Medical and sanitary report of the native army of Bengal for the year
Year: 1878
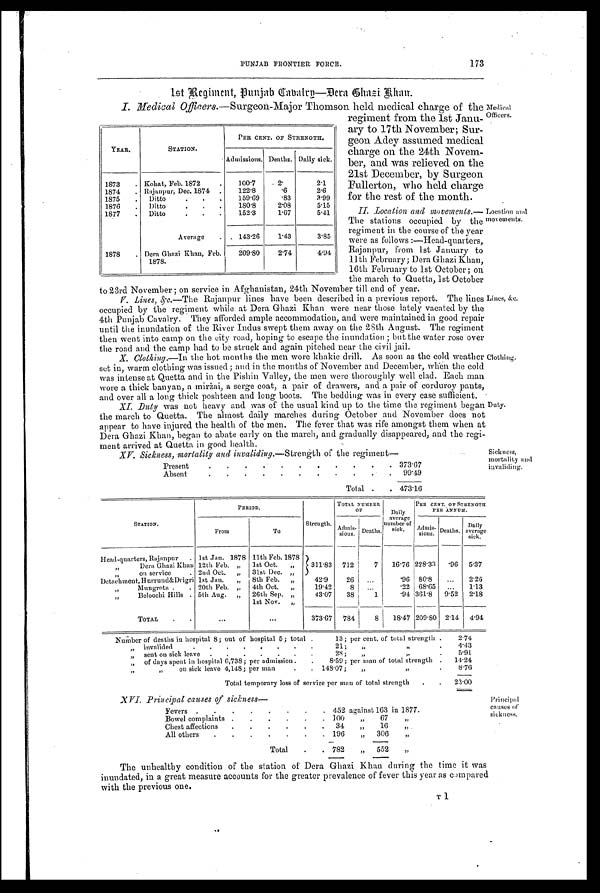
•Location and
movements.
173
PUNJAB FRONTIER FORCE.
1 S t R e g i m i e n t , P u n j a b C a v a l r y — D e r a C h a z i K h a n .
I. Medical Officers .—Surgeon-Major Thomson held medical charge of the Medical
Officers.
YEAR.
STATION.
PER CENT. OF STRENGTH.
Admissions. Deaths. Daily sick.
1873
. Kohat, Feb. 1872
.
100.7
2 .
2.1
1874
. Rajanpur, Dec. 1874 .
122.8
.6
2.6
1875
.
Ditto
.
.
.
159.69
.83
3.99
1876
.
Ditto
.
.
.
180.8
2.08
5.15
1877
.
Ditto
.
.
.
152.3
1.67
5.41
Average
. . 143. 26
1.43
3.85
1878
. Dera Ghazi Khan, Feb.
1878.
209.80
2.74
4.94
regiment from the 1st Janu.
ary to 17th November; Sur.
geon Adey assumed medical
charge on the 24th Novem-
ber, and was relieved on the
21st December, by Surgeor
Fullerton, who held charge
for the rest of the month.
II. Location and movements.—
The stations occupied by the
regiment in the course of the year
were as follows :—Head-quarters,
Rajanpur, from 1st January to
11th February; Dera Ghazi Khan,
16th February to 1st October; or
the march to Quetta. 1st Oct
o b e r
to 23rd November ; on service in Afghanistan, 24th November till end of year.
V. Lines, &c.—The Rajanpur lines have been described in a previous report. The lines
occupied by the regiment while at Dera Ghazi Khan were near those lately vacated by the
4th Punjab Cavalry. They afforded ample accommodation, and were maintained in good repair
until the inundation of the River Indus swept them away on the 28th August. The regiment
then went into camp on the city road, hoping to escape the inundation ; but the water rose over
the road and the camp had to be struck and again pitched near the civil jail.
X. Clocking. —In the hot months the men wore khakie drill. As soon as the cold weather
set in, warm clothing was issued; and in the months of November and December, when the cold
was intense at Quetta and in the Pishin Valley, the men were thoroughly well clad. Each man
w ore a thick banyan, a mirzai, a serge coat, a pair of drawers, and a pair of corduroy pants,
and over all a long thick poshteen and long boots. The bedding was in every case sufficient.
XI. Duty was not heavy and was of the usual kind up to the time the regiment began
the march to Quetta. The almost daily marches during October and November does not
appear to have injured the health of the men. The fever that was rife amongst them when at
Dera Ghazi Khan, began to abate early on the march, and gradually disappeared, and the regi-
ment arrived at Quetta in good health.
XV. Sickness, mortality and invaliding.--Strength of the regiment
Present
.
.
. .
.
. .
.
.
.
. 373.67
Absent
.
.
. .
.
.
.
. .
. . 99.49
Total
. . 473.16
Lines, &c.
Clothing.
Duty.
Sickness,
mortality and
invaliding.
STATION.
PERIOD.
Strength.
TOTAL NUMBER
OF
Daily
averag e
number of
sick.
PER CENT. OF STRENGTH
PER ANNUM.
From
T o
Admis- s i o n s . Deaths.
Admis- s i o n s . Deaths.
Da i l y
averag
sick.
Head-quarters, Rajanpur
. 1st .Jan. 1878 11th Feb. 1878
311.83 712
7
16.76 228.33
.96 5.37
, ,
Dera Ghazi Khan 12th Feb. „
1st Oct.
„
, , on service
. 2nd Oct.
„
31st Dec. „
Detachment,Hurrund&Drigri 1st Jan.
„
8th Feb.
„
42.9
26
...
.96 80.8
...
2.26
, ,
Mungrota .
. 20th Feb.
, , 4th Oct.
, ,
19.42
8
. . .
.22 68.65
...
1.13
, , Beloochi Hills . 5th Aug. „ 26th Sep. „
43.07
38
1
.94 361.8
9.52
2.18
1st Nov.
„
TOTAL
. .
...
...
373.67 784
8
18.47 209.80 2.14
4.94
Number of deaths in hospital 8; out of hospital 5; total .
13; per cent, of total strength .
2.74
,,
invalided
.
.
.
.
.
.
.
.
21;
„
, ,
.
4.43
„
sent on sick leave .
.
.
.
.
.
.
28;
„
„
.
5.91
,,
of days spent in hospital 6,738; per admission .
.
8.59; per man of total strength .
14.24
,,
, ,
on sick leave 4,148; per man
.
. 148.07;
,,
, ,
•
8.76
Total temporary loss of service per man of total strength
.
.
23.00
XVI. Principal causes of sickness—
Fevers .
.
.
.
.
.
.
. 452 against 163 in 1877.
Bowel complaints .
.
.
.
.
.
100
„
67
„
Chest affections
.
.
.
.
.
.
34
„
16
, ,
All others
.
.
.
.
.
.
. 196
„
306
„
Total
.
. 782
„
552
„
Principal
causes of
sickness.
The unhealthy condition of the station of Dera Ghazi Khan during the time it was
inundated, in a great measure accounts for the greater prevalence of fever this year as compared
with the previous one.
T 1